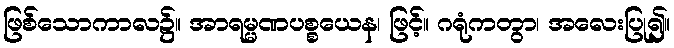
ဖြစ်သောကာလ၌။ အာရမ္မဏပစ္စယေန၊ ဖြင့်။ ဂရုံကတွာ၊ အလေးပြု၍။